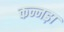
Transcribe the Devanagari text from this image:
कन्नड़ा